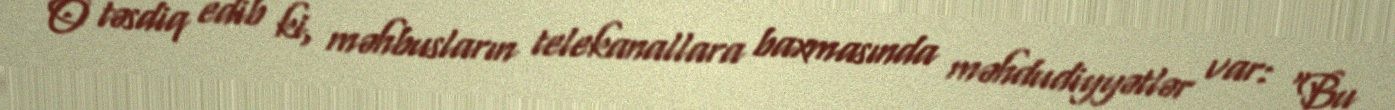
O təsdiq edib ki, məhbusların telekanallara baxmasında məhdudiyyətlər var: “Bu